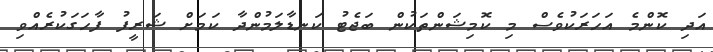
އަދި ކޮންމެ އަހަރަކުވެސް މި ކޮމިޝަންތަކުން ބަޖެޓު ކަނޑާލަމުންދާ ކަމަށް ޝަރީފު ފާހަގަކުރެއްވި